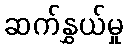
ဆက်နွှယ်မှု